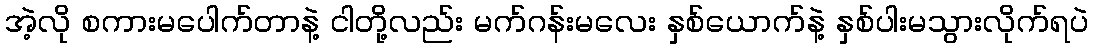
အဲ့လို စကားမပေါက်တာနဲ့ ငါတို့လည်း မက်ဂန်းမလေး နှစ်ယောက်နဲ့ နှစ်ပါးမသွားလိုက်ရပဲ